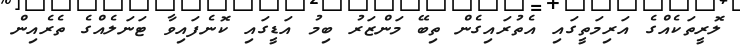
ލޮރީތަކެއްގެ އަރިމަތީގައި އެތުރައިގެން ތިބޭ މަންޒަރު ބިމު އަޑީގައި ކޮނެފައިވާ ޓަނަލެއްގެ ތެރެއިން